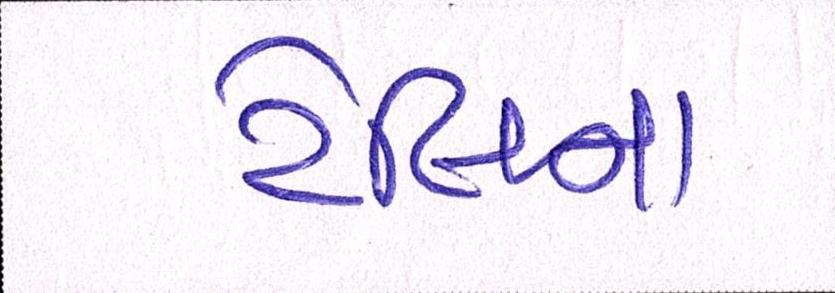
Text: ટેલિના